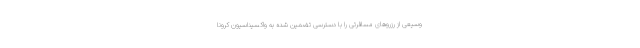
وسیعی از رزروهای مسافرتی را با دسترسی تضمین شده به واکسیناسیون کرونا